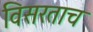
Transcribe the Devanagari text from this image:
विसरताच